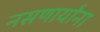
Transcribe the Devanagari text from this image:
नसणार्यांना